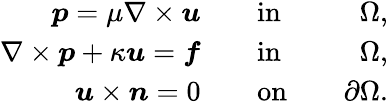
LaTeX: \begin{array}{rlr}{\boldsymbol{p}=\mu\nabla\times\boldsymbol{u}\quad}&{\mathrm{in}}&{\quad\Omega,}\\ {\nabla\times\boldsymbol{p}+\kappa\boldsymbol{u}=\boldsymbol{f}\quad}&{\mathrm{in}}&{\quad\Omega,}\\ {\boldsymbol{u}\times\boldsymbol{n}=0\quad}&{\mathrm{on}}&{\quad\partial\Omega.}\end{array}